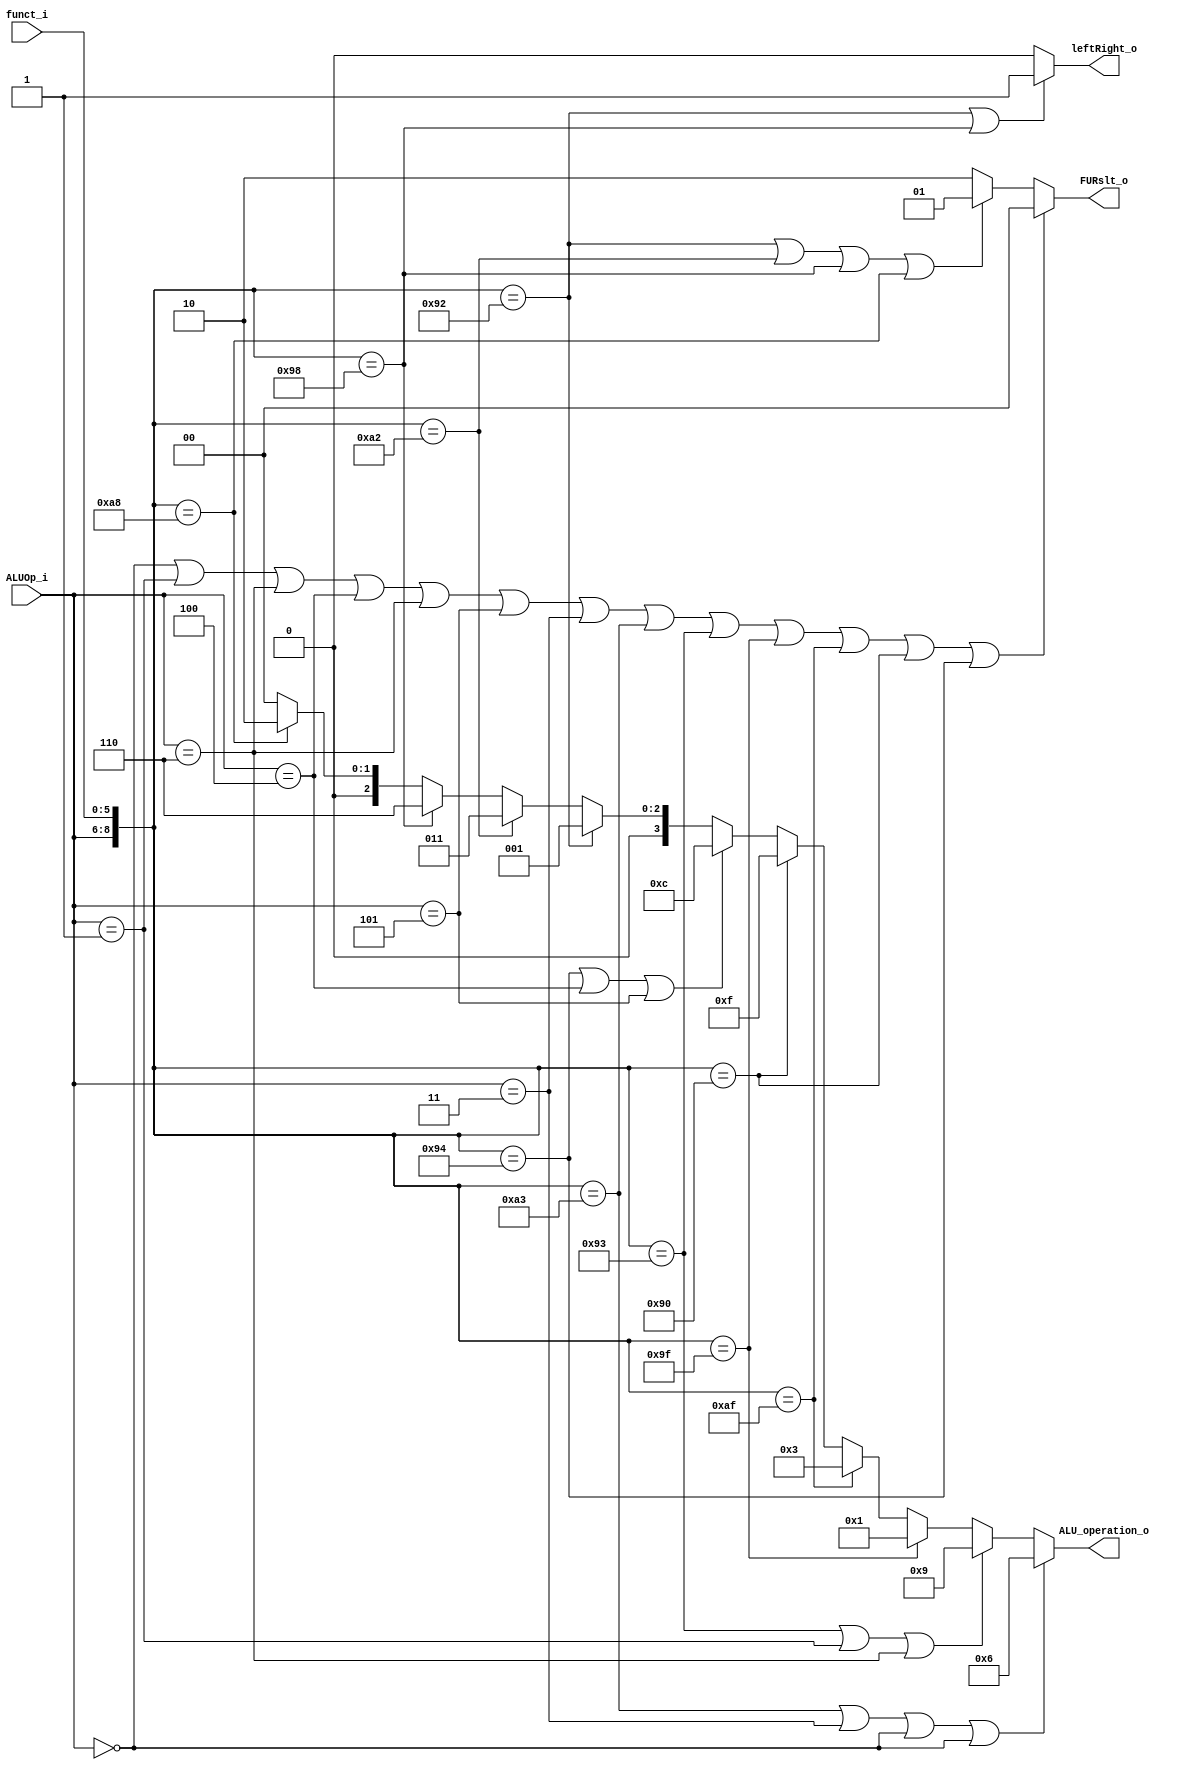
module ALU_Ctrl (
    funct_i,
    ALUOp_i,
    ALU_operation_o,
    FURslt_o,
    leftRight_o
);

  //I/O ports
  input [6-1:0] funct_i;
  input [3-1:0] ALUOp_i;

  output wire [4-1:0] ALU_operation_o;
  output wire [2-1:0] FURslt_o;
  output wire leftRight_o;


  //Main function
  /*your code here*/
  //parameter

parameter add_func = 6'b100011;
parameter sub_func = 6'b010011;
parameter and_func = 6'b011111;
parameter or_func = 6'b101111;
parameter nor_func = 6'b010000;
parameter slt_func = 6'b010100;
parameter sll_func = 6'b010010;
parameter srl_func = 6'b100010;
parameter sllv_func = 6'b011000;
parameter srlv_func = 6'b101000;
parameter R_type = 3'b010;
parameter addi = 3'b011;
parameter lw  = 3'b000;
parameter sw  = 3'b000;
parameter beq  = 3'b001;
parameter bne  = 3'b110;
parameter blt  = 3'b100;
parameter bnez  = 3'b110;
parameter bgez = 3'b101;


function [0:0] is_rtype_func;
    input [6-1:0] funct_param;
    begin
        is_rtype_func = (ALUOp_i == R_type) && (funct_i == funct_param);
    end
endfunction

//Main function
assign ALU_operation_o =  ({ALUOp_i,funct_i} == {R_type, add_func} || ALUOp_i == addi || ALUOp_i == lw || ALUOp_i == sw) ? 4'b0110 : //add
                           ({ALUOp_i,funct_i} == {R_type, sub_func} || ALUOp_i == beq || ALUOp_i == bne) ? 4'b1001 :  //sub
                           ({ALUOp_i,funct_i} == {R_type, and_func}) ? 4'b0001 :  //and
                           ({ALUOp_i,funct_i} == {R_type, or_func}) ? 4'b0011 :  //or 
                           ({ALUOp_i,funct_i} == {R_type, nor_func}) ? 4'b1111 :  //nor 
                           ({ALUOp_i,funct_i} == {R_type, slt_func} || ALUOp_i == blt || ALUOp_i == bgez) ? 4'b1100 :  //slt
                           ({ALUOp_i,funct_i} == {R_type, sll_func}) ? 4'b0001 :  //sll
                           ({ALUOp_i,funct_i} == {R_type, srl_func}) ? 4'b0011 :  //srl
                           ({ALUOp_i,funct_i} == {R_type, sllv_func}) ? 4'b0110 :  //sllv
                           ({ALUOp_i,funct_i} == {R_type, srlv_func}) ? 4'b0010 : 4'b0000;  //srlv others

//00: lw, sw, beq, bne, blt, bnez, bgez, addi, add, sub, and, or, nor, slt
//01: sll, srl, sllv, srlv
assign FURslt_o = (ALUOp_i == lw || ALUOp_i == sw || ALUOp_i == beq || ALUOp_i == bne || ALUOp_i == blt || ALUOp_i == bnez || ALUOp_i == bgez || ALUOp_i == addi || 
                  {ALUOp_i,funct_i} == {R_type, add_func} || {ALUOp_i,funct_i} == {R_type, sub_func} || {ALUOp_i,funct_i} == {R_type, and_func} || {ALUOp_i,funct_i} == {R_type, or_func} || {ALUOp_i,funct_i} == {R_type, nor_func} || {ALUOp_i,funct_i} == {R_type, slt_func}) ? 2'b00 :
                  ({ALUOp_i,funct_i} == {R_type, sll_func} || {ALUOp_i,funct_i} == {R_type, srl_func} || {ALUOp_i,funct_i} == {R_type, sllv_func} || {ALUOp_i,funct_i} == {R_type, srlv_func}) ? 2'b01 :
                  2'b10;  // others

assign leftRight_o = ({ALUOp_i,funct_i} == {R_type, sll_func} || {ALUOp_i,funct_i} == {R_type, sllv_func}) ? 1'b1:
                     ({ALUOp_i,funct_i} == {R_type, srl_func} || {ALUOp_i,funct_i} == {R_type, srlv_func}) ? 1'b0: 1'b0;

endmodule